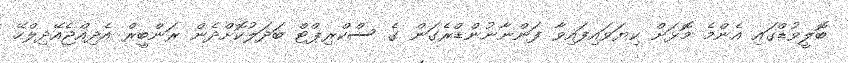
ބޮލީވުޑްގައި އެންމެ މޮޅަށް ކިޔަވައިފައިވާ ފަންނާނުންޑްރެގަން ގެ ސްކްރިޕްޓް ބަދަލުކޮށްދެން ރަންބީރް އެދިއްޖެއޭދިލްހޭ